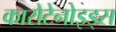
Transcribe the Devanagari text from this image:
कारोटेनोइड्स